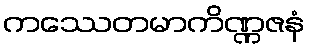
ကဿေတမာကိဏ္ဏဇနံ